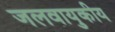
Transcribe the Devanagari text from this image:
जलवायुकीय